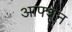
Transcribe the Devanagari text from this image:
आफ्शन